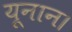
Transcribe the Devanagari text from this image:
यूनान।